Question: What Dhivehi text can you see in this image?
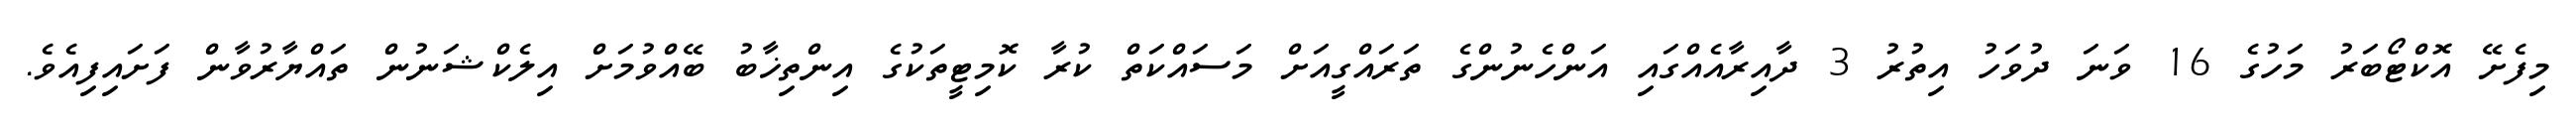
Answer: މިފެށޭ އޮކްޓޯބަރު މަހުގެ 16 ވަނަ ދުވަހު އިތުރު 3 ދާއިރާއެއްގައި އަންހެނުންގެ ތަރައްގީއަށް މަސައްކަތް ކުރާ ކޮމިޓީތަކުގެ އިންތިޚާބު ބޭއްވުމަށް އިލެކްޝަނުން ތައްޔާރުވާން ފަށައިފިއެވެ.